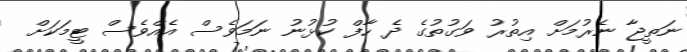
ނަތީޖާ ނެރުމަށް އިތުރު ވަގުތުގެ ދެ ހާފް ކުޅުނު ނަމަވެސް އެއްވެސް ޓީމަކަށް